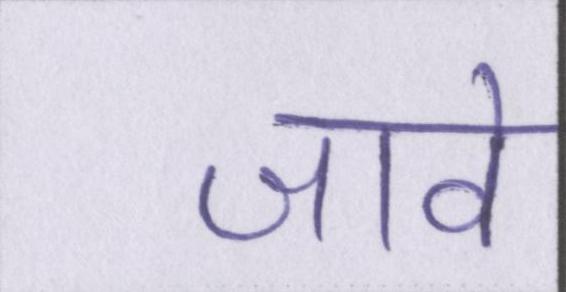
जावे